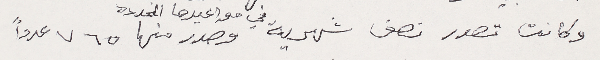
وكانت تصدر نصف شهرية في مواعيدها المحددة وصدر منها ٧٦٥ عدداً